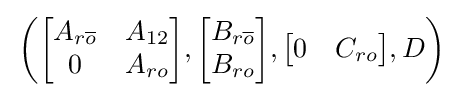
\,\left({\begin{bmatrix}A_{r{\overline {o}}}&A_{12}\\0&A_{ro}\end{bmatrix}},{\begin{bmatrix}B_{r{\overline {o}}}\\B_{ro}\end{bmatrix}},{\begin{bmatrix}0&C_{ro}\end{bmatrix}},D\right)